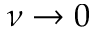
\nu \rightarrow 0